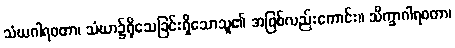
သံဃဂါရဝတာ၊ သံဃာ၌ရိုသေခြင်းရှိသောသူ၏ အဖြစ်လည်းကောင်း။ သိက္ခာဂါရဝတာ၊